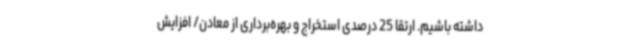
داشته باشیم. ارتقا 25 درصدی استخراج و بهره‌برداری از معادن/ افزایش